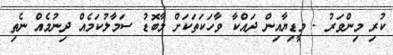
ކުރި މިންވަރު - މީޑިޔާއިން ދައްކާ ވާހަކަތަކަށް މާބޮޑު ސަމާލުކަމެއް ދިނުމެއް ނެތި